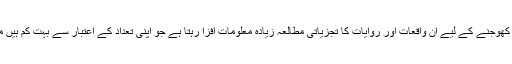
مگر عہدِ نبوی میں تحریر کی روایت کو کھوجنے کے لیے اُن واقعات اور روایات کا تجزیاتی مطالعہ زیادہ معلومات افزا رہتا ہے جو اپنی تعداد کے اعتبار سے بہت کم ہیں مگر اپنی نوعیت کے اعتبار سے بہت اہم۔